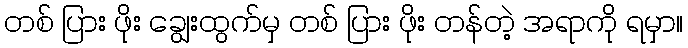
တစ် ပြား ဖိုး ချွေးထွက်မှ တစ် ပြား ဖိုး တန်တဲ့ အရာကို ရမှာ။